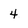
Character: 4